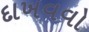
દાખવવો